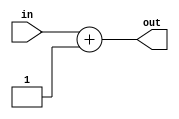
`timescale 1ns / 1ps
//////////////////////////////////////////////////////////////////////////////////
// Company: 
// Engineer: 
// 
// Design Name: 
// Module Name: add1
// Project Name: 
// Target Devices: 
// Tool Versions: 
// Description: 
// 
// Dependencies: 
// 
// Revision:
// Revision 0.01 - File Created
// Additional Comments:
// 
//////////////////////////////////////////////////////////////////////////////////


module add1
    #(parameter INPUT_WIDTH = 8)
    (
    input [INPUT_WIDTH - 1:0] in, //input
	output reg [INPUT_WIDTH - 1:0] out //output the result
    );
    
    always @(*) begin 
        out = in + 1;
    end
endmodule

module add2
    #(parameter INPUT_WIDTH = 8)
    (
    input [INPUT_WIDTH - 1:0] in, //input
	output reg [INPUT_WIDTH - 1:0] out //output the result
    );
    
    always @(*) begin 
        out = in + 2;
    end
endmodule

module sub2
    #(parameter INPUT_WIDTH = 8)
    (
    input [INPUT_WIDTH - 1:0] in, //input
	output reg [INPUT_WIDTH - 1:0] out //output the result
    );
    
    always @(*) begin 
        out = in - 2;
    end
endmodule